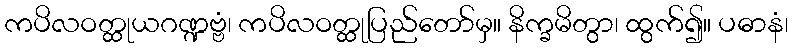
ကပိလဝတ္ထုယဂဏ္ဍဗ္ဗံ၊ ကပိလဝတ္ထုပြည်တော်မှ။ နိက္ခမိတွာ၊ ထွက်၍။ ပဓာနံ၊